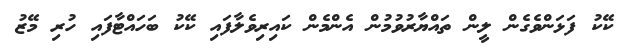
ކޭކު ފަޅަންވެގެން ލީން ތައްޔާރުވުމުން އެންމެން ކައިރިވެލާފައި ކޭކު ބަހައްޓާފައި ހުރި މޭޒު